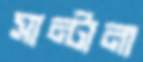
সান্টানা